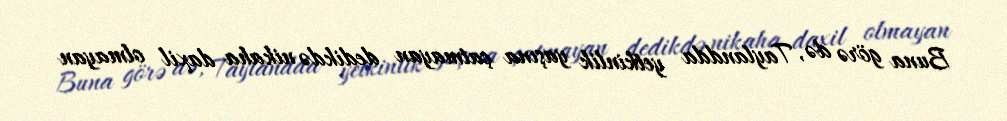
Buna görə də, Taylandda yetkinlik yaşına çatmayan dedikdə nikaha daxil olmayan